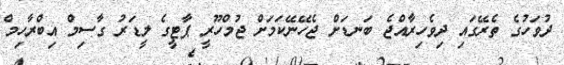
ދުވަހުގެ ތެރޭގައި ދިވެހިރާއްޖެ ބަނޑަށް ޖެހޭނޭކަމަށް ޖުމްހޫރީ ޕާޓީގެ ލީޑަރު ގާސިމް އިބްރާހިމް